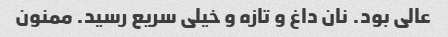
عالی بود. نان داغ و تازه و خیلی سریع رسید. ممنون